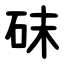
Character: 砞